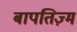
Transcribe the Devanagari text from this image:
बापतिज़्म